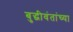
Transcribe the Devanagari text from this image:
बुद्धीवंतांच्या